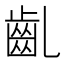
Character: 齓